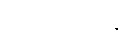
တိုက်ထုတ်ရန်